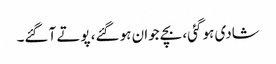
شادی ہو گئی، بچے جوان ہو گئے، پوتے آ گئے۔